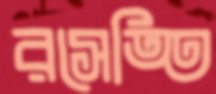
রসেত্তি